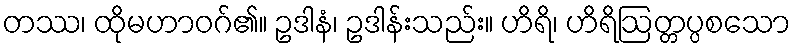
တဿ၊ ထိုမဟာဝဂ်၏။ ဥဒါနံ၊ ဥဒါန်းသည်း။ ဟိရိ၊ ဟိရိဩတ္တပ္ပစသော